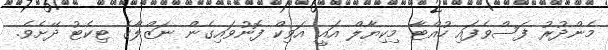
މެންދުރު ފަސްވެފައި ހުއްޓާ މިކިޔާލް އައީ އަވިކް ފޮނުވައިގެން ނަޒްލާގެ ޓިކެޓު ދޭށެވެ.